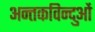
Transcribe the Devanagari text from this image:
अन्तकविन्दुओं